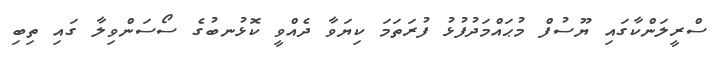
ސްރީލަންކާގައި ޔޫސުފް މުޙައްމަދުފުޅު ފުރަތަމަ ކިޔަވާ ދެއްވީ ކޮޅުނބުގެ ސޯސަންވިލާ ގައި ތިބި